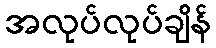
အလုပ်လုပ်ချိန်